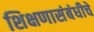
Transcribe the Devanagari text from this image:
शिक्षणासंबंधीचे